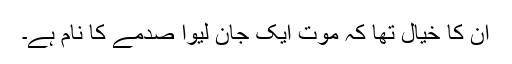
ان کا خیال تھا کہ موت ایک جان لیوا صدمے کا نام ہے۔